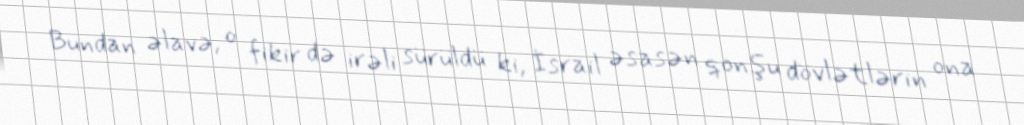
Bundan əlavə, o fikir də irəli sürüldü ki, İsrail əsasən qonşu dövlətlərin ona